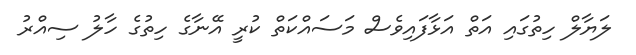
ލަޔާލް ހިތުގައި އަތް އަޅާފައިވެސް މަސައްކަތް ކުރީ އޭނާގެ ހިތުގެ ހާލު ސިއްރު